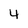
Character: 4